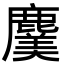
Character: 𮭸